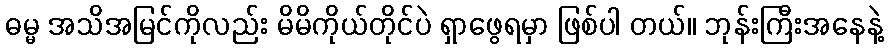
ဓမ္မ အသိအမြင်ကိုလည်း မိမိကိုယ်တိုင်ပဲ ရှာဖွေရမှာ ဖြစ်ပါ တယ်။ ဘုန်းကြီးအနေနဲ့